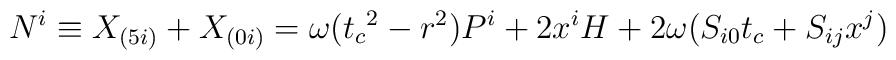
N^i\equiv X_{(5i)}+X_{(0i)}=\omega ({t_{c}}^2-r^2)P^i + 2 x^i H+2\omega( S_{i0}t_{c}+ S_{ij}x^j)